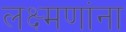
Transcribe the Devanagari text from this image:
लक्ष्मणांना